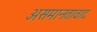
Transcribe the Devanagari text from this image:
असमानतावाद